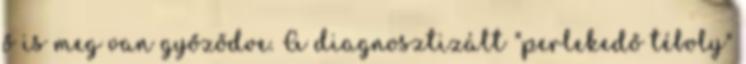
ő is meg van győződve. A diagnosztizált "perlekedő téboly"